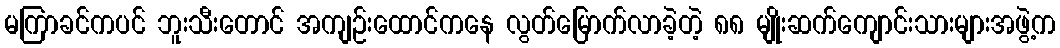
မကြာခင်ကပင် ဘူးသီးတောင် အကျဉ်းထောင်ကနေ လွတ်မြောက်လာခဲ့တဲ့ ၈၈ မျိုးဆက်ကျောင်းသားများအဖွဲ့က